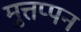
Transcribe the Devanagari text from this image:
मुत्तप्पन